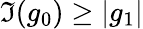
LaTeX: \Im(g_{0})\geq|g_{1}|